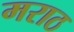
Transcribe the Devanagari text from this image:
मराठ